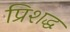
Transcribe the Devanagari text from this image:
प्रिशद्ध